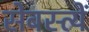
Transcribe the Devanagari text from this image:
सेबस्त्यें